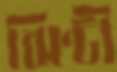
ঝিণ্টী